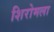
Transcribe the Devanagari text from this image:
शिरोमला